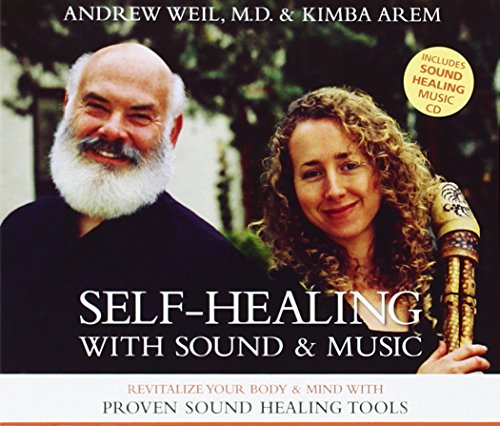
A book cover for Self-Healing with Sound and Music; Andrew Weil; Health, Fitness & Dieting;